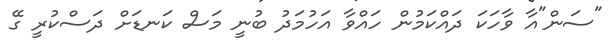
"ސަން"އާ ވާހަކަ ދައްކަމުން ހައްވާ އަހުމަދު ބުނީ މަސް ކަނޑަށް ދަސްކުރީ ގޭ